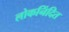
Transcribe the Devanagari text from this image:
लोकनिंदित